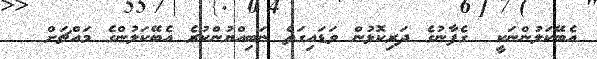
އެބޭކަލުންނަކީ  ގެފާނުގެ ދަރިކޮޅުން ވަޑައިގަތް ނަބިއްޔުންކުރެ އެބޭކަލުންގެ މައްޗަށް